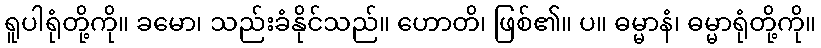
ရူပါရုံတို့ကို။ ခမော၊ သည်းခံနိုင်သည်။ ဟောတိ၊ ဖြစ်၏။ ပ။ ဓမ္မာနံ၊ ဓမ္မာရုံတို့ကို။